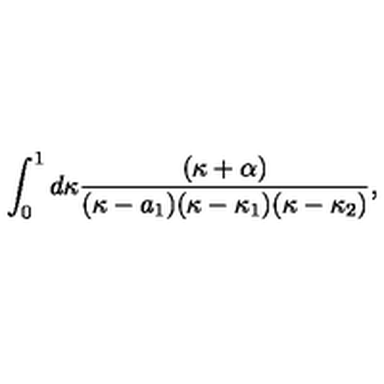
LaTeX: \int _ { 0 } ^ { 1 } d \kappa { \frac { ( \kappa + \alpha ) } { ( \kappa - a _ { 1 } ) ( \kappa - \kappa _ { 1 } ) ( \kappa - \kappa _ { 2 } ) } } ,